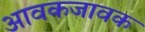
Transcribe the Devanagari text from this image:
आवकजावक